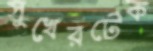
সুখেরটেক